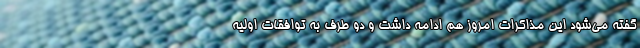
گفته می‌شود این مذاکرات امروز هم ادامه داشت و دو طرف به توافقات اولیه